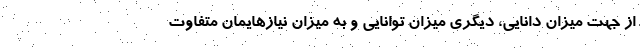
از جهت میزان دانایی، دیگری میزان توانایی و به میزان نیازهایمان متفاوت